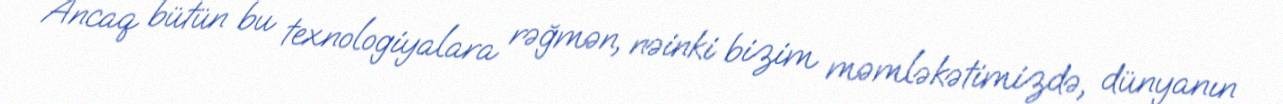
Ancaq bütün bu texnologiyalara rəğmən, nəinki bizim məmləkətimizdə, dünyanın